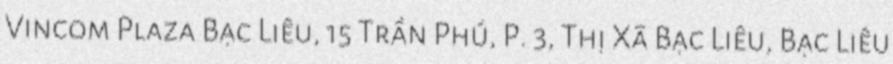
Vincom Plaza Bạc Liêu, 15 Trần Phú, P. 3, Thị Xã Bạc Liêu, Bạc Liêu